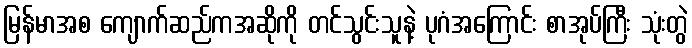
မြန်မာအစ ကျောက်ဆည်ကအဆိုကို တင်သွင်းသူနဲ့ ပုဂံအကြောင်း စာအုပ်ကြီး သုံးတွဲ